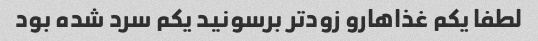
لطفا یکم غذاهارو زودتر برسونید یکم سرد شده بود